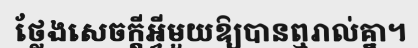
ថ្លែងសេចក្តីអ្វីមួយឱ្យបានឮរាល់គ្នា។